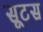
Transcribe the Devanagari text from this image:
सूटस